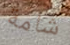
شامة